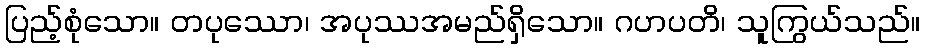
ပြည့်စုံသော။ တပုဿော၊ အပုဿအမည်ရှိသော။ ဂဟပတိ၊ သူကြွယ်သည်။